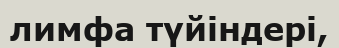
лимфа түйіндері,